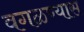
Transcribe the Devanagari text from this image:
वगळण्यास